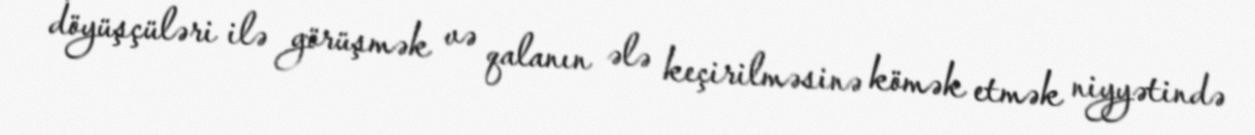
döyüşçüləri ilə görüşmək və qalanın ələ keçirilməsinə kömək etmək niyyətində